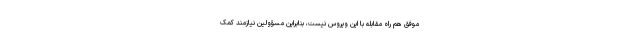
موفق هم راه مقابله با این ویروس نیست، بنابراین مسؤولین نیازمند کمک